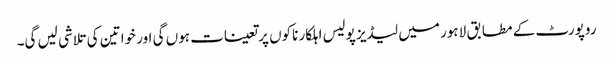
روپورٹ کے مطابق لاہور میں لیڈیز پولیس اہلکار ناکوں پر تعینات ہوں گی اور خواتین کی تلاشی لیں گی۔